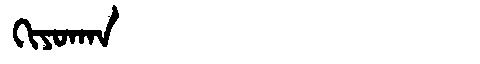
Manchu: ᡴᡳᠶᠣᡴᠠᠨ
Romanization: KIYOKAN